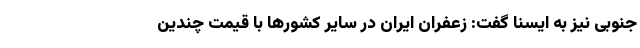
جنوبی نیز به ایسنا گفت: زعفران ایران در سایر کشورها با قیمت چندین